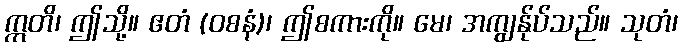
ဣတိ၊ ဤသို့။ ဧတံ (ဝစနံ)၊ ဤစကားကို။ မေ၊ အကျွန်ုပ်သည်။ သုတံ၊